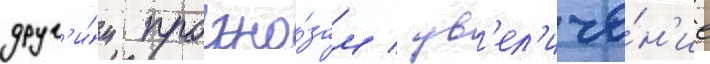
друг'и́м прогно́зам / ув'ел'иче́н'ие